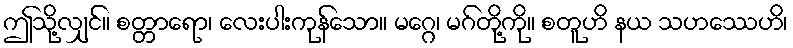
ဤသို့လျှင်။ စတ္တာရော၊ လေးပါးကုန်သော။ မဂ္ဂေ၊ မဂ်တို့ကို။ စတူဟိ နယ သဟဿေဟိ၊